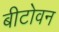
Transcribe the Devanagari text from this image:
बीटोवन